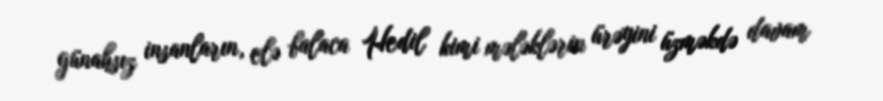
günahsız insanların, elə balaca Hedil kimi mələklərin ürəyini üzməkdə davam